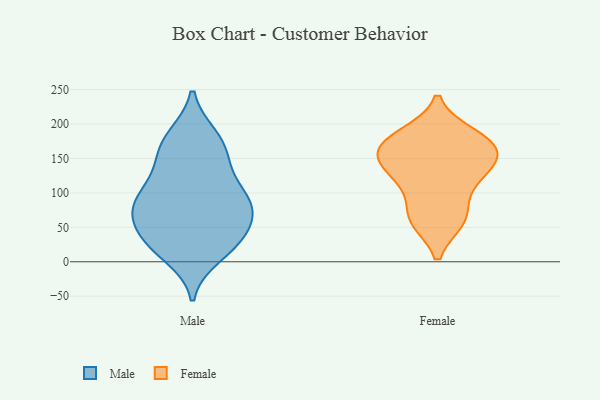
{"axis": {"x": "Revenue (USD Million)", "y": "Value"}, "legend": ["Female", "Male"], "data": [{"x": "", "y": 74, "type": "Male"}, {"x": "", "y": 181, "type": "Male"}, {"x": "", "y": 103, "type": "Male"}, {"x": "", "y": 176, "type": "Male"}, {"x": "", "y": 80, "type": "Male"}, {"x": "", "y": 68, "type": "Male"}, {"x": "", "y": 34, "type": "Male"}, {"x": "", "y": 82, "type": "Male"}, {"x": "", "y": 30, "type": "Male"}, {"x": "", "y": 169, "type": "Male"}, {"x": "", "y": 80, "type": "Male"}, {"x": "", "y": 10, "type": "Male"}, {"x": "", "y": 140, "type": "Male"}, {"x": "", "y": 31, "type": "Male"}, {"x": "", "y": 28, "type": "Male"}, {"x": "", "y": 96, "type": "Male"}, {"x": "", "y": 138, "type": "Male"}, {"x": "", "y": 61, "type": "Female"}, {"x": "", "y": 62, "type": "Female"}, {"x": "", "y": 140, "type": "Female"}, {"x": "", "y": 165, "type": "Female"}, {"x": "", "y": 139, "type": "Female"}, {"x": "", "y": 144, "type": "Female"}, {"x": "", "y": 170, "type": "Female"}, {"x": "", "y": 178, "type": "Female"}, {"x": "", "y": 122, "type": "Female"}, {"x": "", "y": 106, "type": "Female"}, {"x": "", "y": 170, "type": "Female"}, {"x": "", "y": 184, "type": "Female"}, {"x": "", "y": 64, "type": "Female"}]}